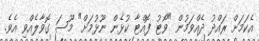
އެކަމަށް ރައްދު ދެއްވަމުން "ވޯޓު ފޮއްޓާ ކުޅެން ނޫޅުމަށް" މޫސަ ގޮވާލެއްވި އެވެ.